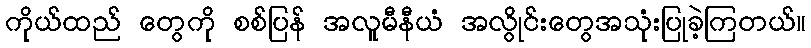
ကိုယ်ထည် တွေကို စစ်ပြန် အလူမီနီယံ အလွိုင်းတွေအသုံးပြုခဲ့ကြတယ်။